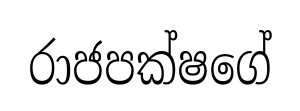
රාජපක්ෂගේ